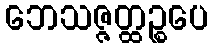
ဘေသဇ္ဇတ္ထဉ္စပေ